Report on sanitation, dispensaries, and jails in Rajputana for 1918, and on vaccination for the year 1918-1919 - 1918-1919
Year: 1918
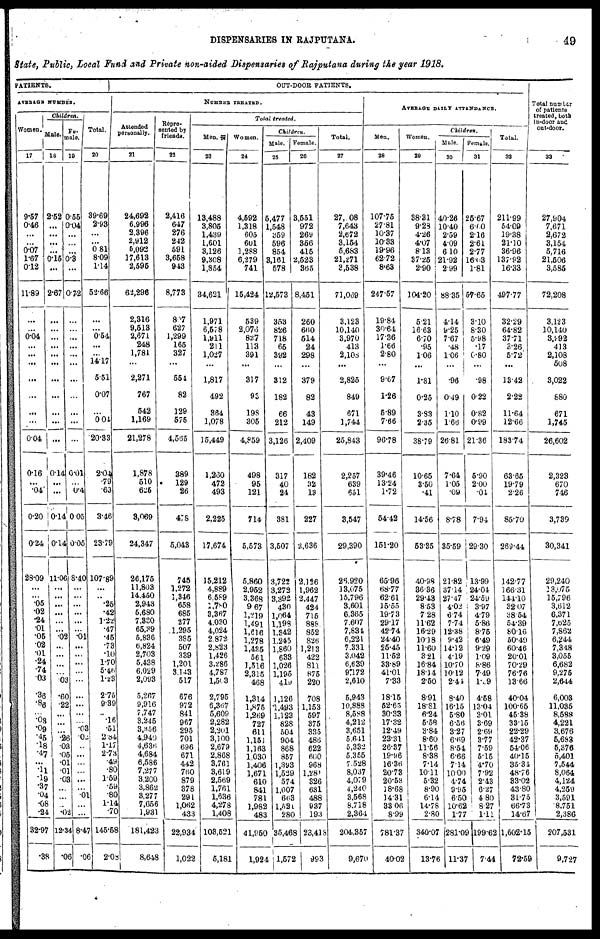
DISPENSARIES IN RAJPUTANA.
49
State, Public, Local Fund and Private non-aided Dispensaries of Rajputana during the year 1918.
PATIENTS.
AVERAGE NUMBER.
Woman.
17
9.57
0.46
...
...
0.07
1.67
0.12
11.89
...
...
0.04
...
...
...
...
...
...
...
0.04
0.16
...
.04
0.20
0.24
28.09
...
...
.05
.02
.24
.01
.05
.02
.01
.24
.74
.03
.36
.86
...
.08
.09
.45
.18
.47
...
.11
.19
.37
.04
.08
.24
32.97
.38
Children.
Male.
18
2.52
...
...
...
...
0.15
...
2.67
...
...
...
...
...
...
...
...
...
...
...
0.14
...
...
0.14
0.14
11.06
...
...
...
...
...
...
.02
...
...
...
...
.03
.60
.22
...
...
...
.26
.03
.05
.01
.01
.03
...
...
...
.02
12.34
.06
Fe-
-ale.
19
0.55
0.04
...
...
...
0.3
...
0.72
...
...
...
...
...
...
...
...
...
...
...
0.01
...
0.4
0.05
0.05
8.40
...
...
...
...
...
...
.01
...
...
...
...
...
...
...
...
...
.03 .02
...
...
...
...
...
...
.01
...
...
8.47
.06
Total.
20
39.69
2.93
...
...
0.81
8.09
1.14
52.66
...
...
0.54
...
...
14.17
5.51
0.07
...
0.04
20.33
2.04
.79
.63
3.46
23.79
107.89
...
...
.25
.42
1.22
.47
.45
.73
.10
1.70
5.46
1.23
2.75
9.39
...
.16
.51
2.84
1.17
2.73
.49
.80
1.59
.59
.80
1.14
.70
145.58
2.08
OUT-DOOR PATIENTS.
NUMBER TREATED.
Attended
personally.
21
24,692
6,996
2,396
2,912
5,092
17,613
2,595
62,296
2,316
9,513
2,671
248
1,781
...
2,271
767
542
1,169
21,278
1,878
510
625
3,069
24,347
26,175
11,803
14,450
2,943
5,680
7,330
65,39
5,836
6,824
2,703
5,438
6,029
2,093
5,267
9,916
7,747
3,245
3,356
4,940
4,636
4,684
6,586
7,277
3,200
3,862
3,277
7,656
1,931
181,423
8,648
Repre-
sented by
friends.
22
2,416
647
276
242
591
3,658
943
8,773
807
627
1,299
165
327
...
554
82
129
575
4,565
389
129
26
408
5,043
745
1,272
1,346
658
685
277
1,295
385
507
339
1,201
3,143
517
676
972
841
967
295
701
696
671
442
760
879
378
291
1,062
433
22,934
1,022
Total treated.
Men.
23
18,488
3,805
1,439
1,601
3,126
9,308
1,854
34,621
1,971
6,578
1,911
211
1,027
...
1,817
492
364
1,078
15,449
1,260
472
493
2,225
17,674
15,212
4,889
6,589
11,780
8,367
4,030
4,024
2,872
2,823
1,426
3,286
4,787
1,503
2,795
6,367
5,609
2,282
2,201
3,100
2,679
2,868
3,761
3,619
2,569
1,761
1,636
4,278
1,408
103,521
5,181
Women.
24
4,592
1,318
605
601
1,288
6,279
741
15,424
539
2,076
827
113
391
...
317
93
198
305
4,859
498
95
121
714
5,573
5,860
2,952
3,368
9,67
1,219
1,491
1,616
1,278
1,435
561
1,516
2,315
468
1,314
1,875
1,269
727
611
1,151
1,163
1,030
1,406
1,671
610
841
781
1,982
483
41,950
1,924
Children.
Male.
25
5,477
1,548
359
596
854
3,161
578
12,573
353
826
718
65
392
...
312
182
66
212
3,126
317
40
24
381
3,507
3,722
3,272
3,392
430
1,064
1,198
1,342
1,245
1,860
633
1,026
1,195
419
1,126
1,493
1,123
828
504
904
868
857
1,393
1,529
574
1,007
663
1,521
280
35,468
1,572
Female.
26
3,551
972
269
356
415
2,523
365
8,451
260
660
514
24
298
...
379
82
43
149
2,409
182
32
13
227
2,636
2,126
1,962
2,447
424
715
888
852
826
1,213
422
811
875
220
708
1,153
597
375
335
486
622
600
968
1,280
326
631
488
937
193
23,418
993
Total.
27
27, 08
7,643
2,672
3,154
5,683
21,271
2,538
71,069
3,123
10,140
3,970
413
2,108
...
2,825
849
671
3,744
25,843
2,257
639
651
3,547
29,390
26,920
13,075
15,796
3,601
6,365
7,607
7,834
6,221
7,331
3,042
6,639
9,172
2,610
5,943
10,888
8,588
4,212
3,651
5,641
5,332
5,355
7,528
8,037
4,079
4,240
3,568
8,718
2,364
204,357
9,670
AVERAGE DAILY ATTENDANCE.
Men.
28
107.75
27.81
10.37
10.33
19.96
62.72
8.63
247.57
19.84
30.64
17.36
1.66
2.80
...
9.67
1.26
5.89
7.66
96.78
39.46
13.24
1.72
54.42
151.20
65.96
68.77
62.61
15.55
19.73
29.17
42.74
24.40
25.45
11.52
33.89
41.01
7.33
18.15
52.65
30.33
17.32
12.49
23.31
26.37
19.96
16.36
20.73
20.58
18.68
14.31
33.06
8.99
781.37
40.02
Women.
29
38.31
9.28
4.26
4.07
8.13
37.25
2.90
104.20
5.21
16.63
6.70
.95
1.06
...
1.81
0.25
3.83
2.35
38.79
10.65
3.50
.41
14.56
53.35
40.98
36.36
29.43
8.53
7.28
11.62
16.29
10.18
11.60
3.21
16.84
18.14
2.50
8.91
18.81
6.24
5.58
3.84
8.60
11.56
8.38
7.14
10.11
5.32
8.90
6.14
14.78
2.80
340.07
13.76
Children.
Male.
30
40.26
10.40
2.59
4.09
6.10
21.92
2.99
88.35
4.14
9.25
7.67
.48
1.06
...
.96
0.49
1.10
1.66
26.81
7.64
1.05
.09
8.78
35.59
21.82
37.14
27.47
4.02 .
6.74
7.74
12.38
9.42
14.12
4.19
10.70
10.12
2.41
8.40
16.15
5.80
6.56
3.27
6.69
8.54
6.66
7.14
10.00
4.74
9.95
6.50
10.62
1.77
281.09
11.37
Female.
31
25.67
6.60
2.16
2.61
2.77
16.03
1.81
57.65
3.10
8.30
5.98
.17
0.80
...
.98
0.22
0.82
0.99
21.36
5.90
2.00
.04
7.94
29.30
13.99
24.04
24.59
3.97
4.79
5.86
8.75
6.49
9.29
1.09
8.86
7.49
1.09
4.58
13.04
3.01
3.69
2.69
3.77
7.59
5.15
4.70
7.92
2.43
6.27
4.80
8.27
1.11
199.62
7.44
Total.
32
211.99
54.09
19.38
21.10
36.96
137.92
16.33
497.77
32.29
64.82
37.71
3.26
5.72
...
13.42
2.22
11.64
12.66
183.74
63.65
19.79
2.26
85.70
269.44
142.77
166.31
144.10
32.07
38.54
54.39
80.16
50.49
60.46
20.01
70.29
76.76
13.66
40.04
100.65
45.38
33.15
22.29
42.37
54.06
40.15
35.34
48.76
33.02
43.80
31.75
66.73
14.67
1,602.15
72.59
Total number
of patients
treated, both
in-door and
out-door.
33
27,904
7,671
2,672
3,154
5,716
21,506
3,585
72,208
3,123
10,140
3,992
413
2,108
508
3,022
880
671
1,745
26,602
2,323
670
746
3,739
30,341
29,240
13,075
15,796
3,612
6,371
7,625
7,862
6,244
7,348
3,055
6,682
9,275
2,644
6,003
11,035
8,588
4,221
3,676
5,683
5,376
5,401
7,544
8,064
4,124
4,259
3,591
8,751
2,386
207,531
9,727